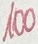
Text: 100